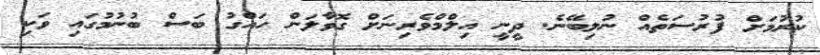
ކުރުމަށް ފުރުސަތެއް ނުލިބޭނެ. ދީނީ އިލްމްވެރިނަށް ގޮވާލަން ހައްގު ބަސް ބުނުމުގައި ވަކި